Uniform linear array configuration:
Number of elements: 24
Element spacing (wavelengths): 0.5
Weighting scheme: kaiser
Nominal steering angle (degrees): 15
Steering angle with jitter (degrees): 15.968
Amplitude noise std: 0.05
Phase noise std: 0.05

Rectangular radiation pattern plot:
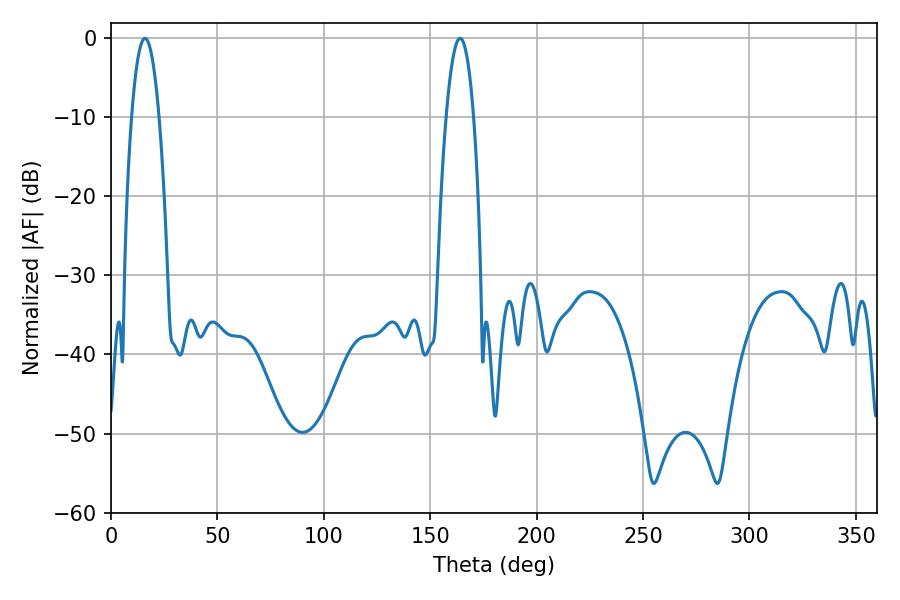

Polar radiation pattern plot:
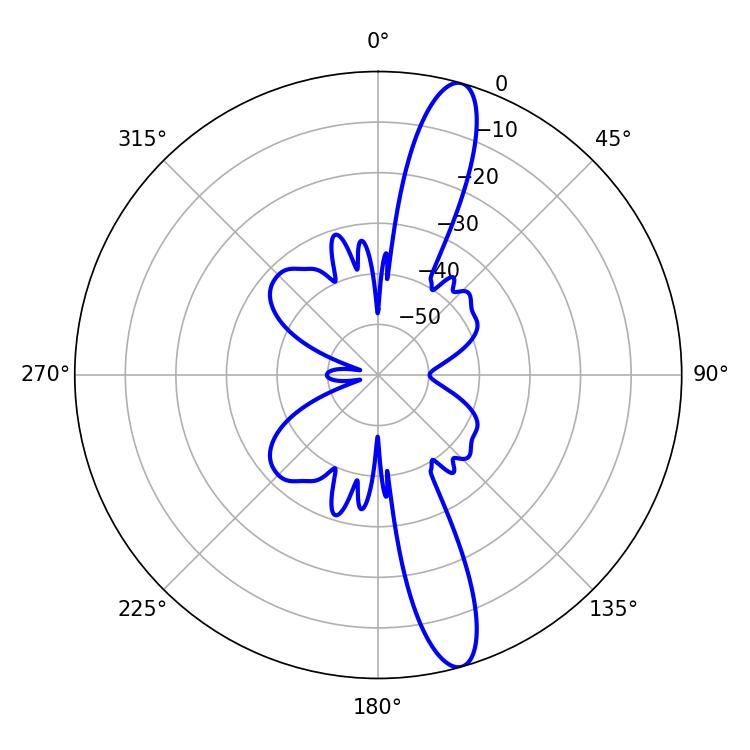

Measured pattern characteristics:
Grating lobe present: FALSE
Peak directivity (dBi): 14.338
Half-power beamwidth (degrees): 7.2
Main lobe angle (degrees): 16.02